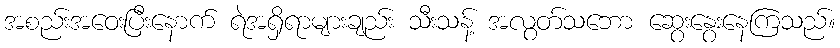
အစည်းအဝေးပြီးနောက် ရဲအရှိရာများချည်း သီးသန့် အလွတ်သဘော ဆွေးနွေးနေကြသည်။